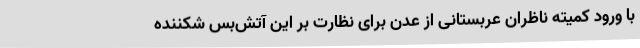
با ورود کمیته ناظران عربستانی از عدن برای نظارت بر این آتش‌بس شکننده